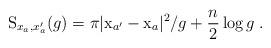
LaTeX: \begin{align*} \mathrm{S}_{x_a,x'_a}(g)=\pi|\mathrm{x}_{a'}-\mathrm{x}_a|^2/g+\frac{n}{2}\log g\;.\end{align*}